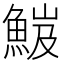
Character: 𩷘